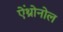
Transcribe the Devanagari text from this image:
ऐंथ्रोनोल